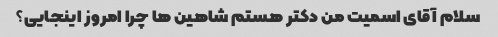
سلام آقای اسمیت من دکتر هستم شاهین ها چرا امروز اینجایی؟